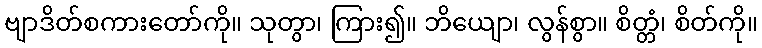
ဗျာဒိတ်စကားတော်ကို။ သုတွာ၊ ကြား၍။ ဘိယျော၊ လွန်စွာ။ စိတ္တံ၊ စိတ်ကို။